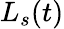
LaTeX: L_{s}(t)